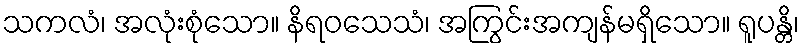
သကလံ၊ အလုံးစုံသော။ နိရဝသေသံ၊ အကြွင်းအကျန်မရှိသော။ ရူပန္တိ၊